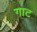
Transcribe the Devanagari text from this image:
गाट